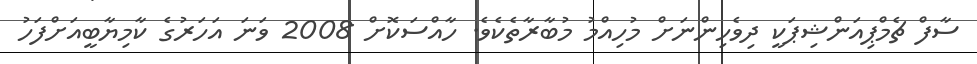
ސާފް ޗެމްޕިއަންޝިޕަކީ ދިވެހިންނަށް މުހިއްމު މުބާރާތެކެވެ. ހާއްސަކޮށް 2008 ވަނަ އަހަރުގެ ކާމިޔާބީއަށްފަހު